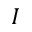
I